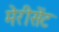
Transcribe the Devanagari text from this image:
मेरीसेंट